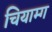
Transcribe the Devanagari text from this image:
चियाम्ग